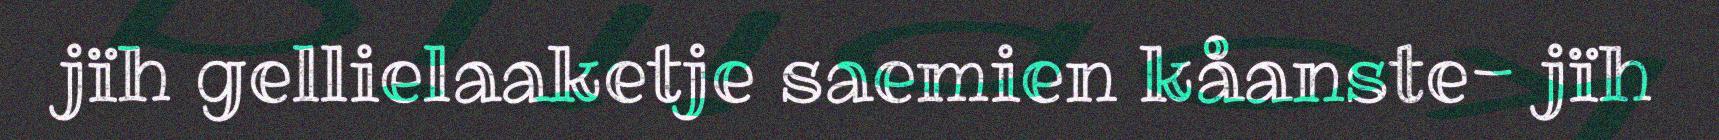
jïh gellielaaketje saemien kåanste- jïh